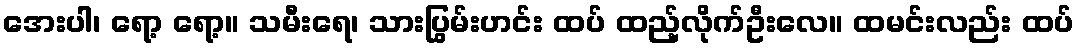
အေးပါ၊ ရော့ ရော့။ သမီးရေ၊ သားပြွမ်းဟင်း ထပ် ထည့်လိုက်ဦးလေ။ ထမင်းလည်း ထပ်